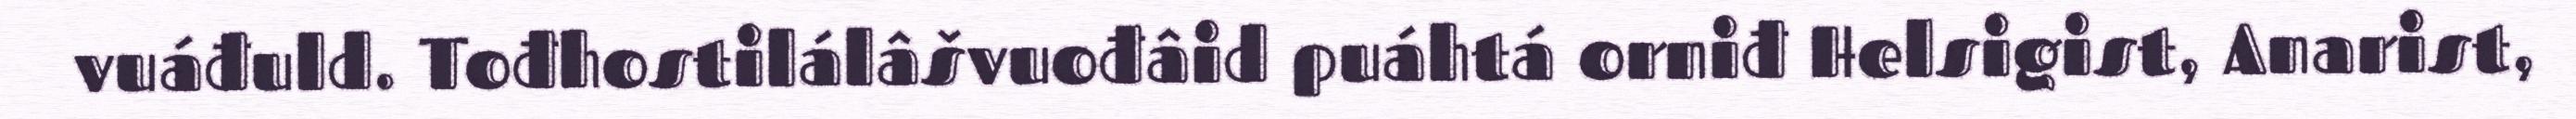
vuáđuld. Tođhostilálâšvuođâid puáhtá orniđ Helsigist, Anarist,